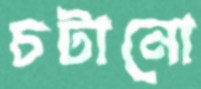
চটানো